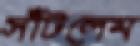
সাঁটলেম